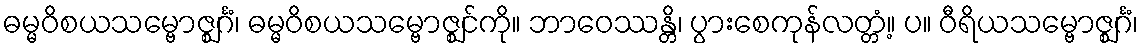
ဓမ္မဝိစယသမ္ဗောဇ္ဈင်္ဂံ၊ ဓမ္မဝိစယသမ္ဗောဇ္ဈင်ကို။ ဘာဝေဿန္တိ၊ ပွားစေကုန်လတ္တံ့။ ပ။ ဝီရိယသမ္ဗောဇ္ဈင်္ဂံ၊